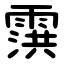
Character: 霟